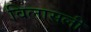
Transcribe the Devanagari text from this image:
विलासली